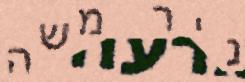
ניר משה